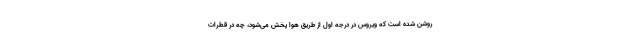
روشن شده است که ویروس در درجه اول از طریق هوا پخش می‌شود، چه در قطرات